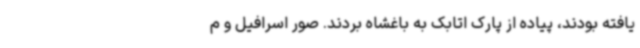
یافته بودند، پیاده از پارک اتابک به باغشاه بردند. صور اسرافیل و م